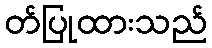
တ်ပြုထားသည်